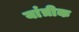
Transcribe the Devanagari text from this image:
यांत्रीक